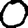
Digit: 0